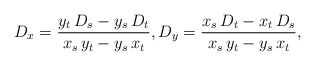
\begin{align*}D_x = \frac{y_t\, D_s - y_s\, D_t}{x_s\, y_t - y_s\, x_t},D_y = \frac{x_s\, D_t-x_t\, D_s}{x_s\, y_t - y_s\, x_t},\end{align*}